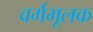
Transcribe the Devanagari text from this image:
वर्गमूलक